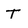
Character: T